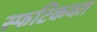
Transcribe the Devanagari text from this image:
स्फटिकवत